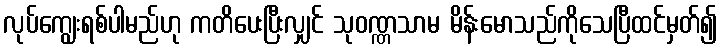
လုပ်ကျွေးရစ်ပါမည်ဟု ကတိပေးပြီးလျှင် သုဝဏ္ဏသာမ မိန်းမောသည်ကိုသေပြီထင်မှတ်၍